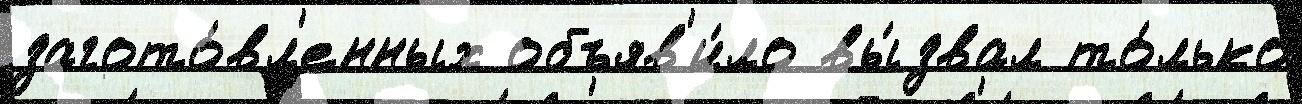
загото́вл'енных объяв'и́ло вы́звал то́лько